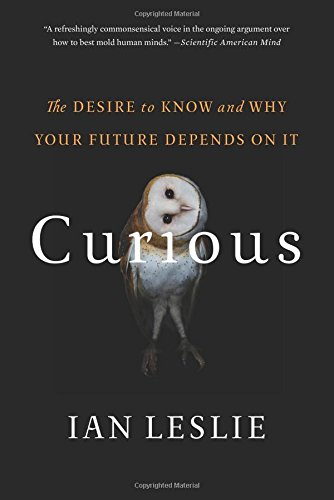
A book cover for Curious: The Desire to Know and Why Your Future Depends On It; Ian Leslie; Self-Help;